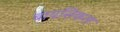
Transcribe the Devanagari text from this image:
बायसिकल